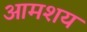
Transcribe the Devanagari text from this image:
आमशय